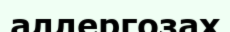
аллергозах